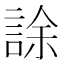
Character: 𧧶